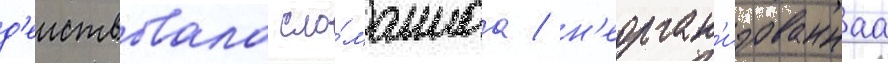
д'еиствовала сло́маннаа / н'еорган'изованнаа